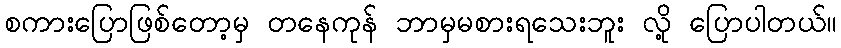
စကားပြောဖြစ်တော့မှ တနေကုန် ဘာမှမစားရသေးဘူး လို့ ပြောပါတယ်။